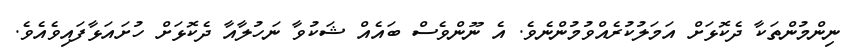
ނިންމުންތަކާ ދެކޮޅަށް އަމަލުކުރެއްވުމުންނެވެ. އެ ނޫންވެސް ބައެއް ޝަކުވާ ނަހުލާއާ ދެކޮޅަށް ހުށައަޅާފައިވެއެވެ.